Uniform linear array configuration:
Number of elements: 32
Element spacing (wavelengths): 1
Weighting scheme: kaiser
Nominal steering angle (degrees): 45
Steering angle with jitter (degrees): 45.781
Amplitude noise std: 0.05
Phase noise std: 0.05

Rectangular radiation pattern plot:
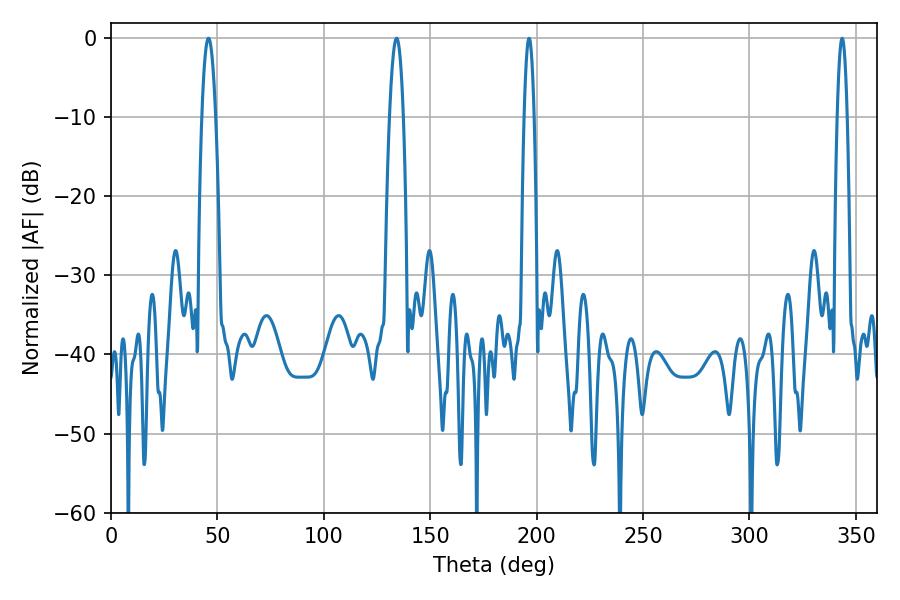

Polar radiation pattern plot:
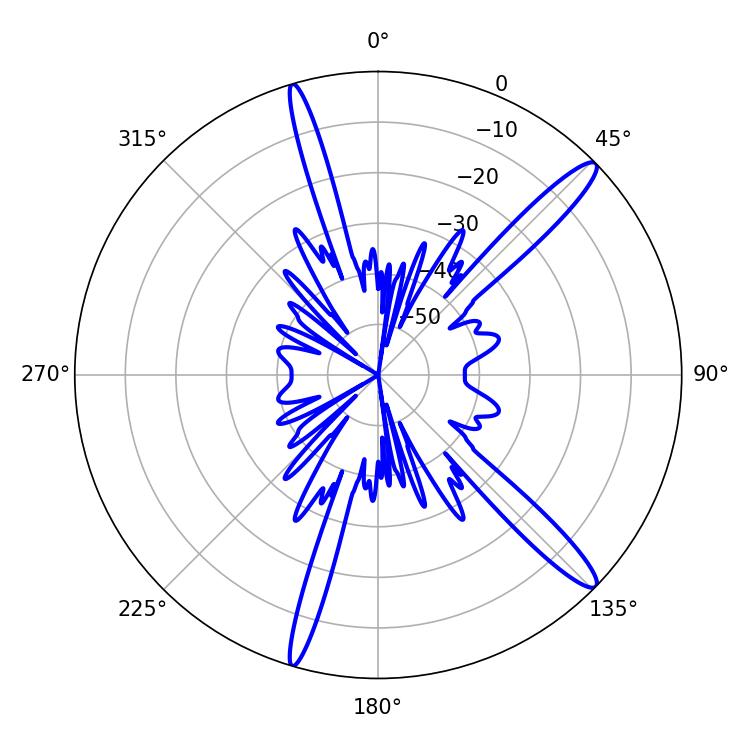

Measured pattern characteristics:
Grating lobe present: TRUE
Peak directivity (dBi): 14.584
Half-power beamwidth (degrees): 2.52
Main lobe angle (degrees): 196.38